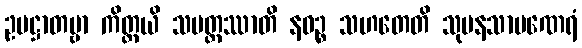
ဥပဋ္ဌာတဗ္ဗာ ကိတ္တယိ သမတ္ထဿာတိ နဝဉ္စ သဟတေတိ သုမနသာမဏေရံ